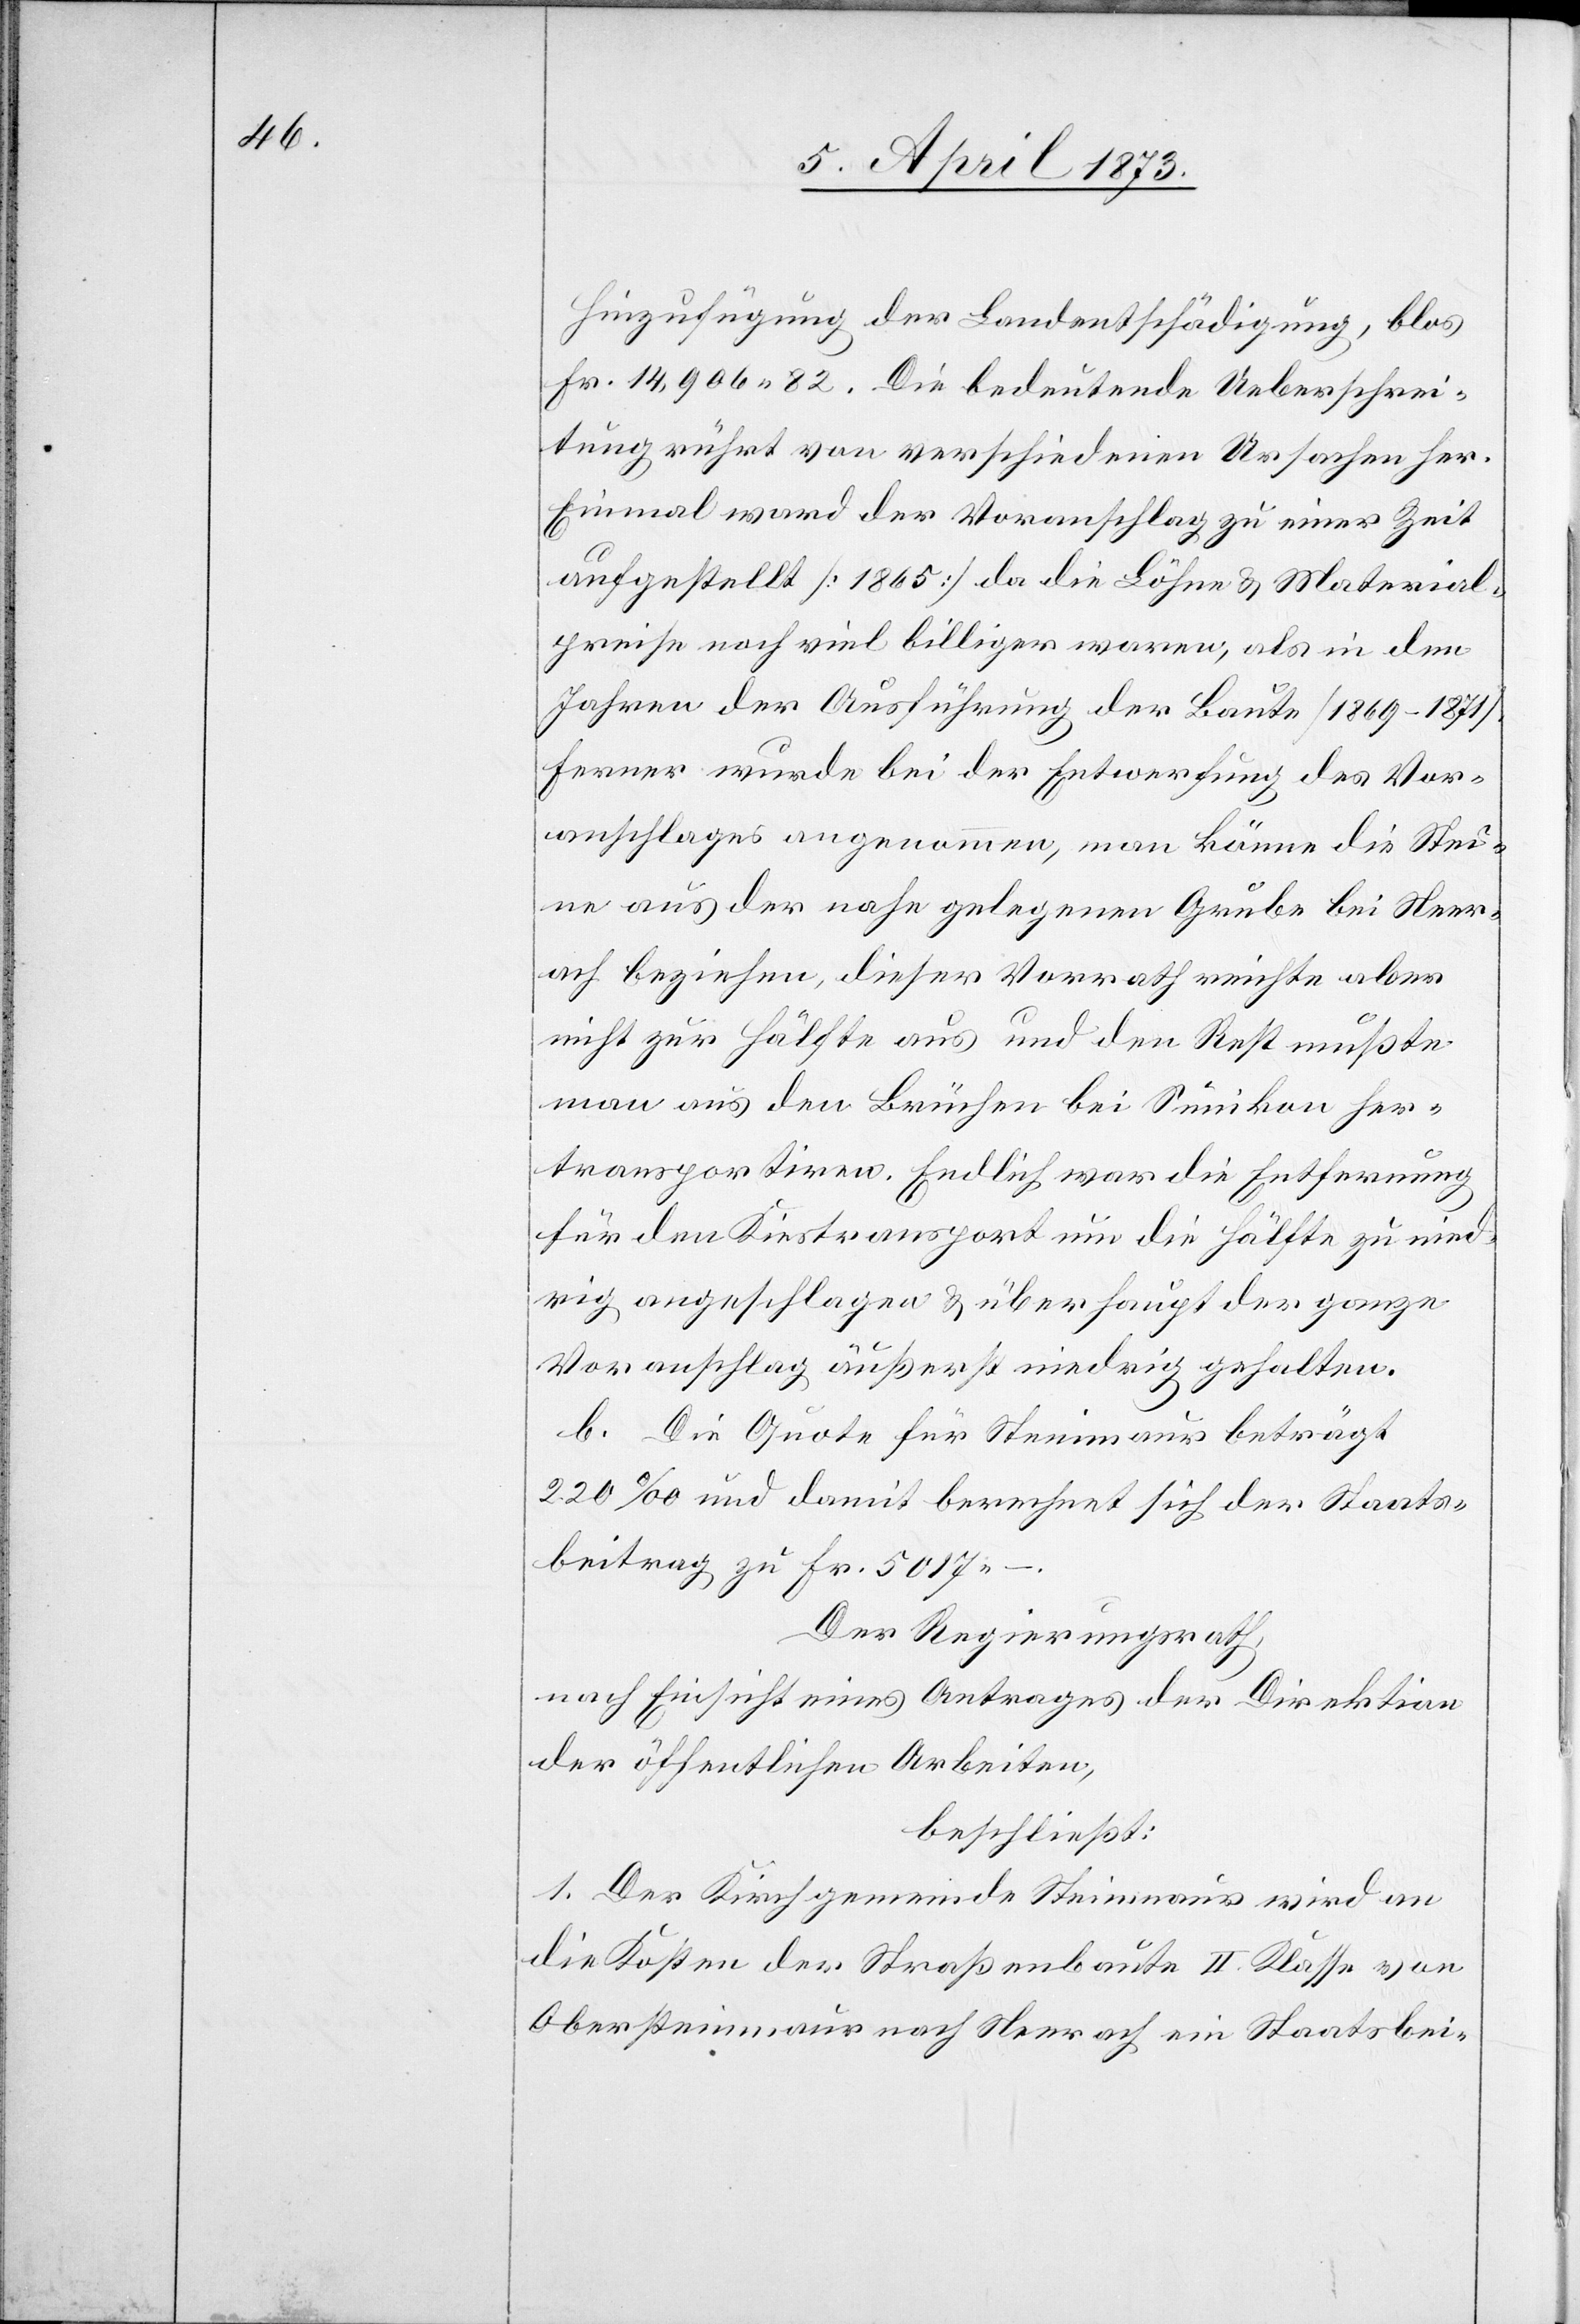
Hinzufügung der Landentschädigung, blos
Fr. 14,906. 82. Die bedeutende Ueberschrei¬
tung rührt von verschiedenen Ursachen her.
Einmal ward der Voranschlag zu einer Zeit
aufgestellt [1865] da die Lähne u. Material¬
preise noch viel billiger waren, als in den
Jahren der Ausführung der Baute [1869–1871].
Ferner wurde bei der Entwerfung des Vor¬
anschlages angenommen, man könne die Stei¬
ne aus der nahe gelegenen Grube bei Neer¬
ach beziehen, dieser Vorrath reichte aber
nicht zur Hälfte aus und den Rest mußte
man aus den Brüchen bei Sünikon her¬
transportiren. Endlich war die Entfernung
für den Kiestransport um die Hälfte zu nied¬
rig angeschlagen u. überhaupt der ganze
Voranschlag äußerst niedrig gehalten.
C. Die Quote für Steinmaur beträgt
220‰ und damit berechnet sich der Staats¬
beitrag zu Fr. 5017.
Der Regierungsrath,
nach Einsicht eines Antrages der Direktion
der öffentlichen Arbeiten,
beschließt:
1. Der Kirchgemeinde Steinmaur wird an
die Kosten der Straßenbaute II: Klasse von
Obersteinmaur nach Neerach ein Staatsbei-